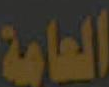
العامة